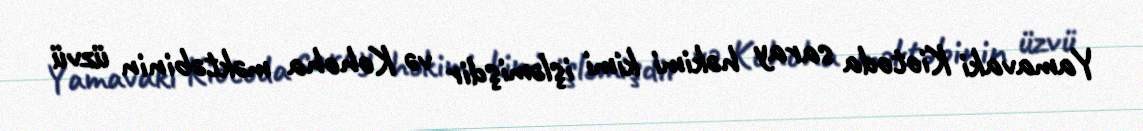
Yamavaki Kiotoda saray həkimi kimi işləmişdir və Kohoha məktəbinin üzvü